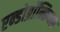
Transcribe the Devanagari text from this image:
एन्डोब्रॉन्कियल